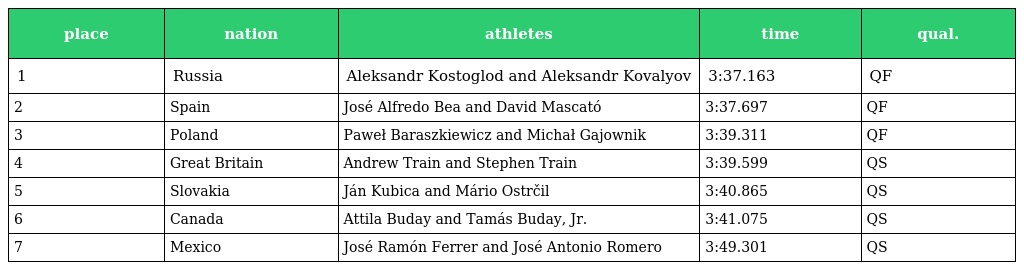
| place | nation | athletes | time | qual. |
 | --- | --- | --- | --- | --- |
 | 1 | Russia | Aleksandr Kostoglod and Aleksandr Kovalyov | 3:37.163 | QF |
 | 2 | Spain | José Alfredo Bea and David Mascató | 3:37.697 | QF |
 | 3 | Poland | Paweł Baraszkiewicz and Michał Gajownik | 3:39.311 | QF |
 | 4 | Great Britain | Andrew Train and Stephen Train | 3:39.599 | QS |
 | 5 | Slovakia | Ján Kubica and Mário Ostrčil | 3:40.865 | QS |
 | 6 | Canada | Attila Buday and Tamás Buday, Jr. | 3:41.075 | QS |
 | 7 | Mexico | José Ramón Ferrer and José Antonio Romero | 3:49.301 | QS |